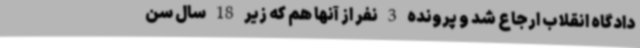
دادگاه انقلاب ارجاع شد و پرونده 3 نفر از آنها هم که زیر 18 سال سن